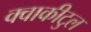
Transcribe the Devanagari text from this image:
क्वाकीटुल